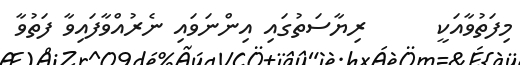
މިފަތުވާއަކީ      ރިޔާސަތުގައި އިންނަވައި ނެރުއްވާފައިވާ ފަތުވާ